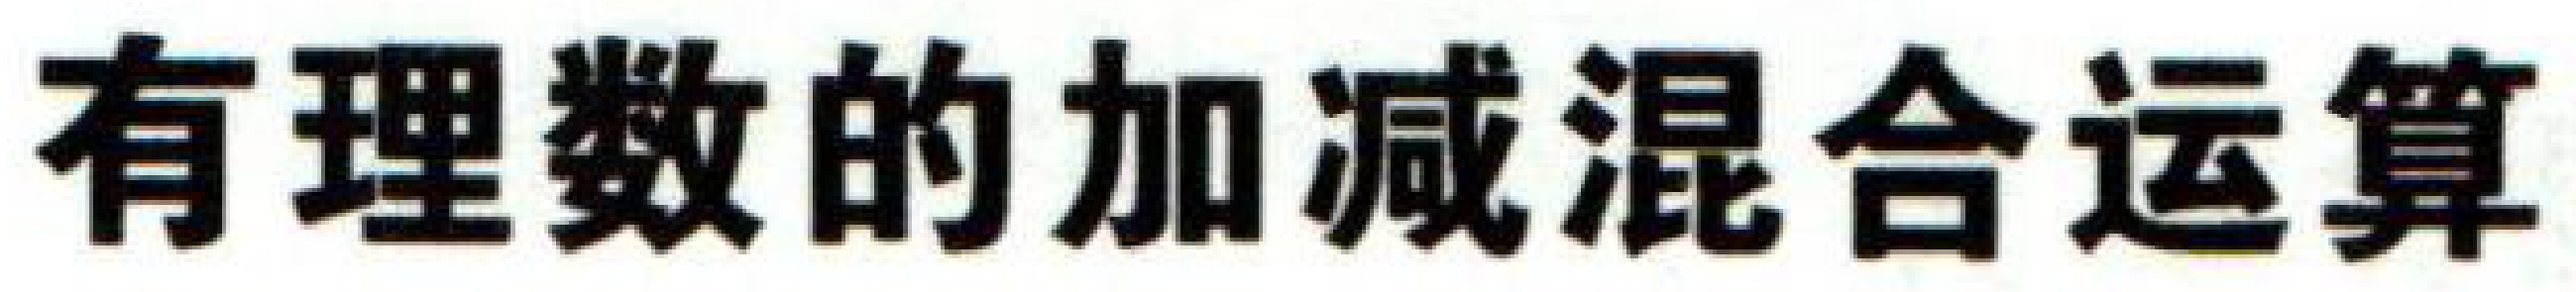
有理数的加减混合运算